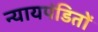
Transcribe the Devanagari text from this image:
न्यायपंडितों